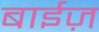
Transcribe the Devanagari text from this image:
बाईज़